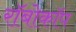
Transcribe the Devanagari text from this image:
राॅबोकाॅप